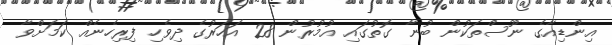
އިންޑިއާގެ ނޫސްތަކުން ބުނާ ގޮތުގައި އުމުރުން 28 އަހަރުގެ ދިވެހި ފިރިހެނެއް ކަމަށްވާ